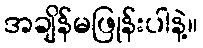
အချိန်မဖြုန်းပါနဲ့။